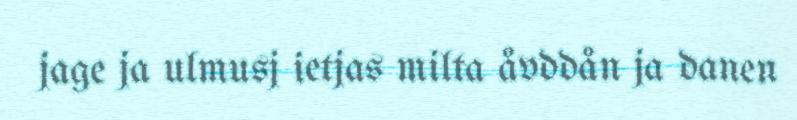
jage ja ulmusj ietjas milta åvddån ja danen